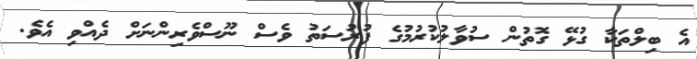
އެ ބިލްތަކާ ގުޅޭ ގޮތުން ސުވާލުކުރުމުގެ ފުރުސަތު ވެސް ނޫސްވެރިންނަށް ދެއްވި އެވެ.